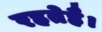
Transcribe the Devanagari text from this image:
रहतेहै।